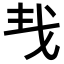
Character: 𢦒